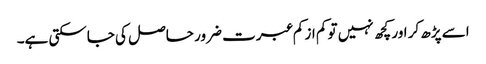
اسے پڑھ کر اور کچھ نہیں تو کم از کم عبرت ضرور حاصل کی جاسکتی ہے۔